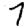
Digit: 7